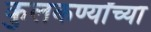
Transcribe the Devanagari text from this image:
कुलकर्ण्यांच्या